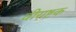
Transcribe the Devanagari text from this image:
वीराष्टक